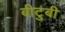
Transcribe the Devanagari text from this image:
बीटुबी